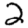
Digit: 2